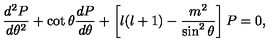
\frac { d ^ { 2 } P } { d \theta ^ { 2 } } + \cot \theta \frac { d P } { d \theta } + \left[ l ( l + 1 ) - \frac { m ^ { 2 } } { \sin ^ { 2 } \theta } \right] P = 0 ,